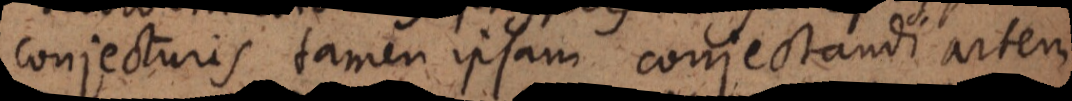
conjecturis, tamen ipsam conjectandi artem